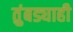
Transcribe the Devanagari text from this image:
तुंबड्याही